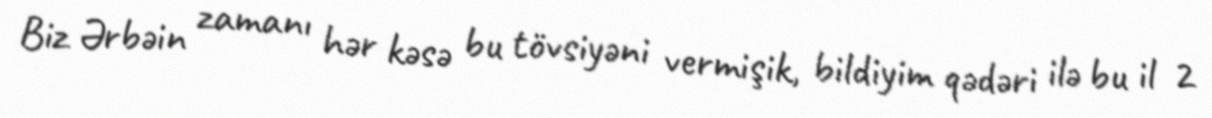
Biz Ərbəin zamanı hər kəsə bu tövsiyəni vermişik, bildiyim qədəri ilə bu il 2